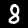
Digit: 8